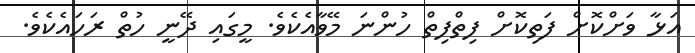
އަޅާ ވަށްކޮށް ފަތިކޮށް ފިތްފިތް ހުންނަ މޭވާއެކެވެ. މީގައި ދޭނީ ހުތް ރަހައެކެވެ.